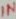
Text: IN